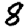
Digit: 8